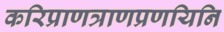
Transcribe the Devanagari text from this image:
करिप्राणत्राणप्रणयिनि